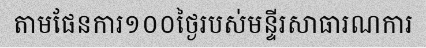
តាមផែនការ១០០ថ្ងៃរបស់មន្ទីរសាធារណការ